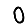
Digit: 0